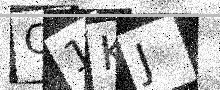
Text: Q1KJ